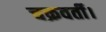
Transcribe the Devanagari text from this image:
चक्रवर्ती।